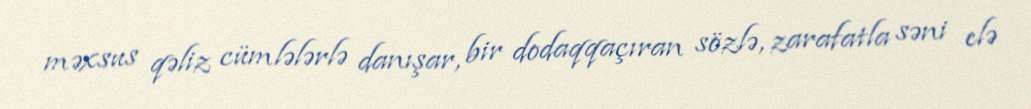
məxsus qəliz cümlələrlə danışar, bir dodaqqaçıran sözlə, zarafatla səni elə